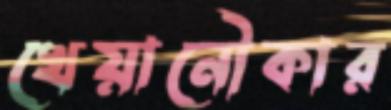
খেয়ানৌকার